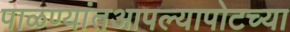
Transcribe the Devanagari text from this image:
पाळण्यांतआपल्यापोटच्या